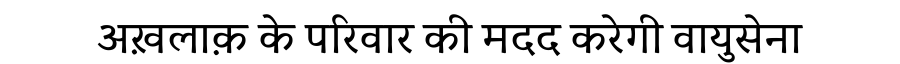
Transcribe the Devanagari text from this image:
अख़लाक़ के परिवार की मदद करेगी वायुसेना